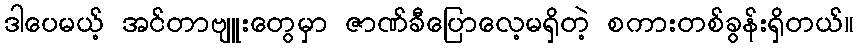
ဒါပေမယ့် အင်တာဗျူးတွေမှာ ဇာဏ်ခီပြောလေ့မရှိတဲ့ စကားတစ်ခွန်းရှိတယ်။